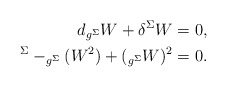
\begin{align*}\begin{aligned} d _{g^{\Sigma}}W + \delta^{\Sigma} W &= 0, \\^{\Sigma} - _{g^{\Sigma}}(W^2) + (_{g^{\Sigma}} W)^2 &=0.\end{aligned}\end{align*}